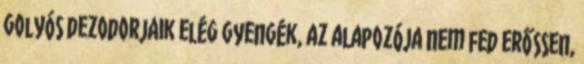
golyós dezodorjaik elég gyengék, az alapozója nem fed erőssen,